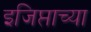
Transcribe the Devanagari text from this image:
इजिप्ताच्या